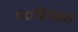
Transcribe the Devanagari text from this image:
पं०प्रियव्रत